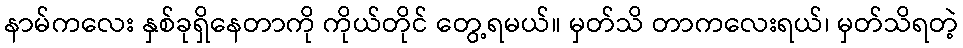
နာမ်ကလေး နှစ်ခုရှိနေတာကို ကိုယ်တိုင် တွေ့ရမယ်။ မှတ်သိ တာကလေးရယ်၊ မှတ်သိရတဲ့